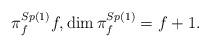
LaTeX: \begin{align*} \pi^{Sp(1)}_f f,\dim \pi^{Sp(1)}_f = f+1. \end{align*}